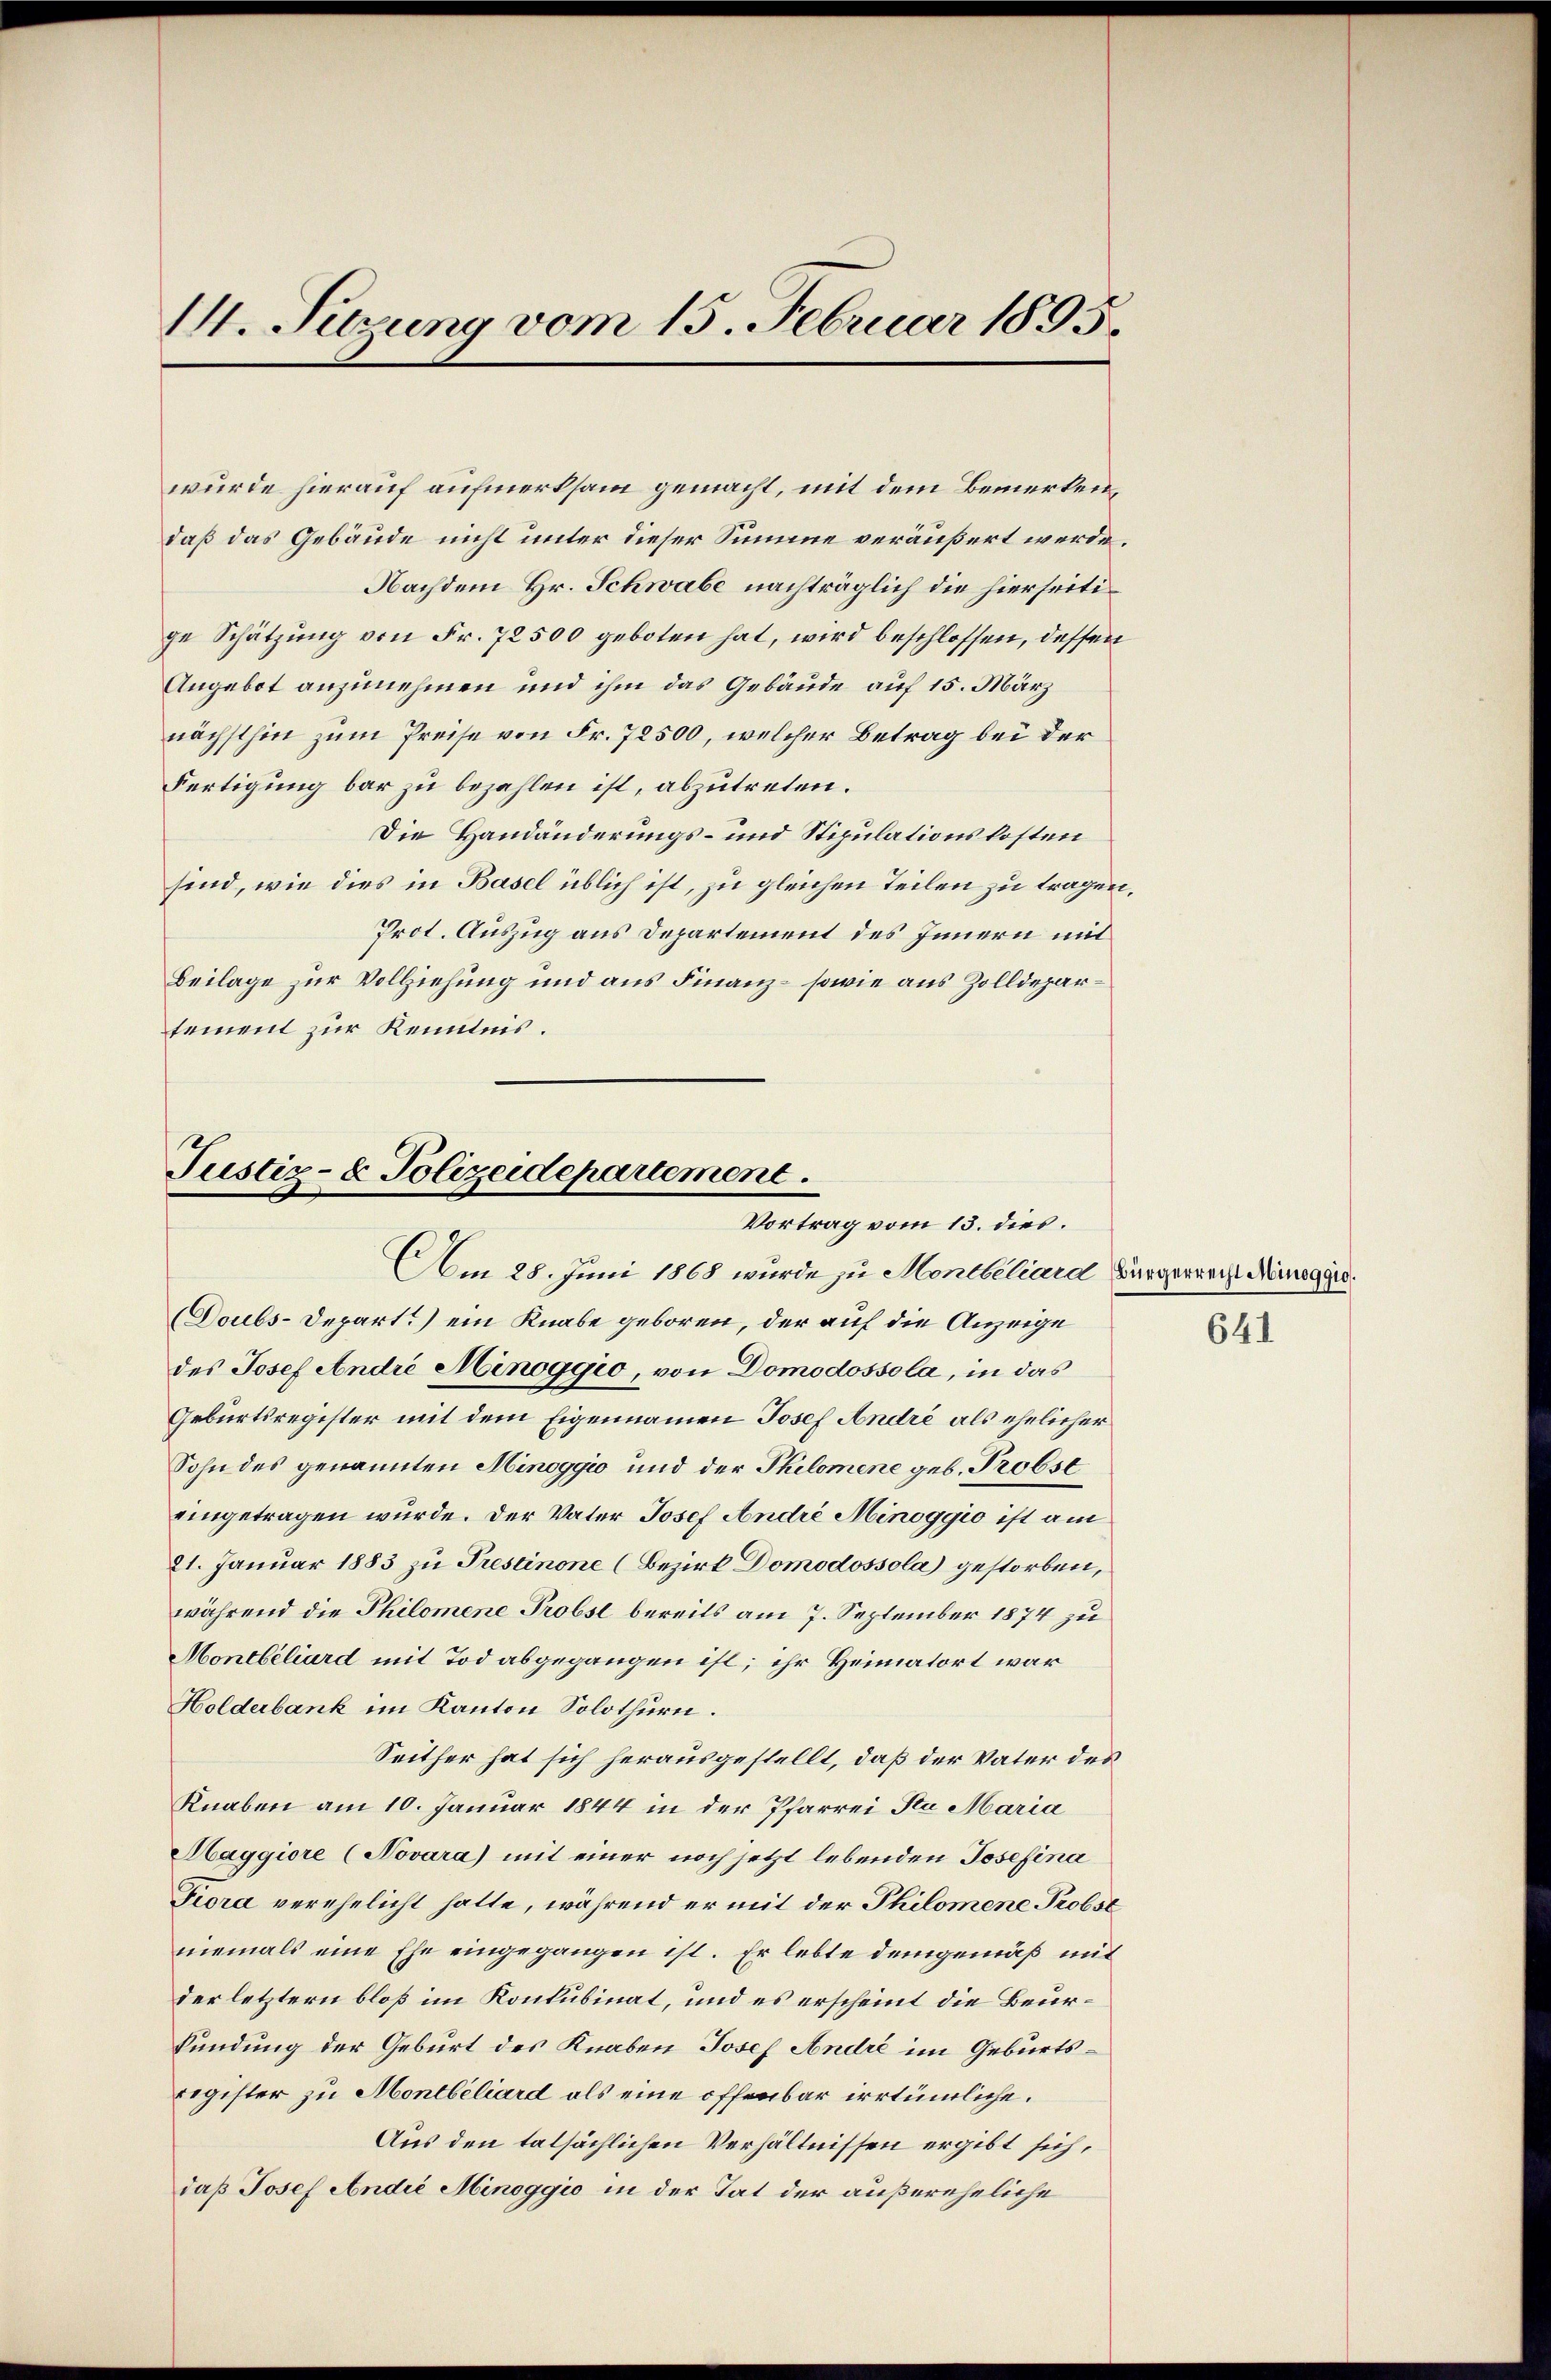
II. Sedung vom 15. Februar 1895.

wurde hierauf aufmerksam gemacht, mit dem Bemerken,
daß das Gebäude nicht unter dieser Summe veräußert werde.
Nachdem Hr. Schwabe nachträglich die hierseitige Schätzung von Fr. 72500 geboten hat, wird beschlossen, dessen
Angebot anzunehmen und ihm das Gebäude auf 15. März
nächsthin zum Preise von Fr. 72500, welcher Betrag bei der
Fertigung bar zu bezahlen ist, abzutreten.
Die Handänderungs- und Stipulationskosten
sind, wie dies in Basel üblich ist, zu gleichen Teilen zu tragen,
Prot. Auszug aus Departement des Innern mit
Beilage zur Vollziehung und aus Finanz- sowie aus Zolldepartement zur Kenntnis.

Justiz- & Polizeidepartement.
Vortrag vom 13. dies.
Am 28. Juni 1868 wurde zu Montbeliard Bürgerrecht Minegirt.

Doubs-Depart.) ein Knabe geboren, der auf die Anzeige
des Josef Andre Minoggio, von Domodossola, in das
Geburtsregister mit dem Eigennamen Josef Andre als ehelicher
Sohn des genannten Minoggio und der Philomene geb. Probst
eingetragen wurde. Der Vater Josef Andre Minoggio ist am
21. Januar 1883 zu Trestinone (Bezirk Domodossola gestorben,
während die Philomene Probst bereits am 7. September 1874 zu
Montbiliard mit Tod abgegangen ist; ihr Heimatort war
Holderbank im Kanton Solothurn.
Seither hat sich herausgestellt, daß der Vater des
Knaben am 10. Januar 1844 in der Pfarrei Sta Maria
Haggiore (Novara) mit einer noch jetzt lebenden Josefina
Fiora verehelicht hatte, während er mit der Philomene Probst
niemals eine Ehe eingegangen ist. Er lebte demgemäß mit
der letztern bloß im Konkubinat, und es erscheint die Beurkündung der Geburt des Knaben Josef André im Geburtsregister zu Montbéliard als eine offenbar irrtümliche.
Aus den tatsächlichen Verhältnissen ergibt sich,
daß Josef Andić Minoggio in der Tat der außereheliche

641